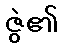
ဇွဲ၏